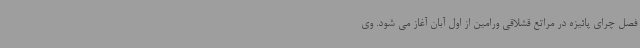
فصل چرای پائیزه در مراتع قشلاقی ورامین از اول آبان آغاز می شود. وی